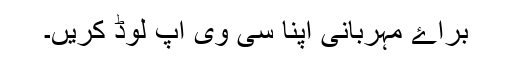
براۓ مہربانی اپنا سی وی اپ لوڈ کریں۔